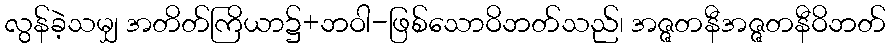
လွန်ခဲ့သမျှ အတိတ်ကြိယာ၌+ဘဝါ-ဖြစ်သောဝိဘတ်သည်၊ အဇ္ဇတနီအဇ္ဇတနီဝိဘတ်